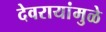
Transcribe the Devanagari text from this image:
देवरायांमुळे